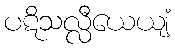
ပဋိသလ္လီယေယျံ